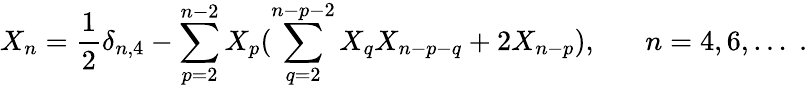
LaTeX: X_{n}=\frac{1}{2}\delta_{n,4}-\sum_{p=2}^{n-2}X_{p}(\sum_{q=2}^{n-p-2}X_{q}X_{n-p-q}+2X_{n-p}),\; \; \; \; \; \; n=4,6,\ldots\; .